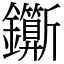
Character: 𨰉